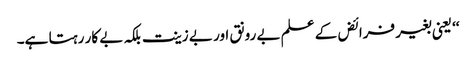
‘‘ یعنی بغیر فرائض کے علم بے رونق اور بے زینت بلکہ بے کار رہتا ہے۔